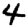
Digit: 4